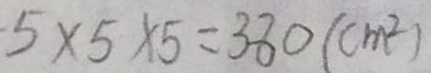
5 \times 5 \times 5 = 3 8 0 ( c m ^ { 2 } )